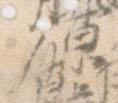
原